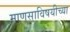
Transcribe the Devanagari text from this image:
माणसाविषयीच्या